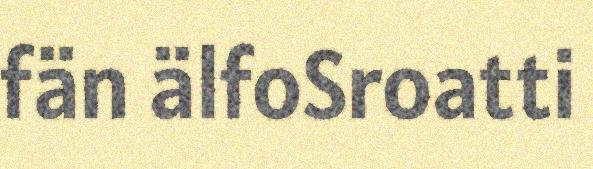
fän älfoSroatti